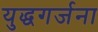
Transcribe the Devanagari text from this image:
युद्धगर्जना